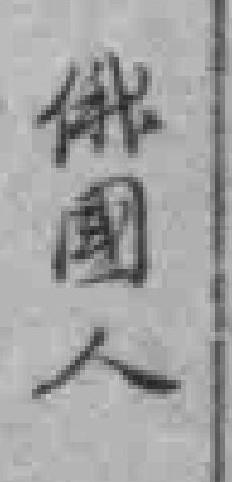
俄國人